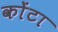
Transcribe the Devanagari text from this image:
कोंटा